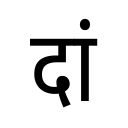
OCR:
दां